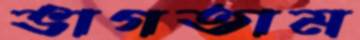
ভাগতাম